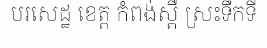
បរសេដ្ឋ ខេត្ត កំពង់ស្ពឺ ស្រះទឹកទី